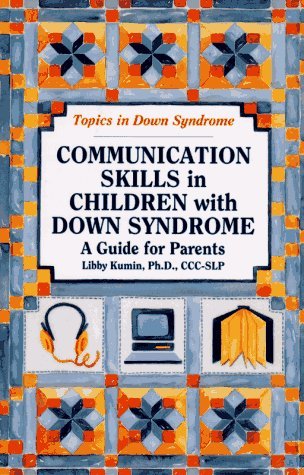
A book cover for By Libby Kumin Communication Skills in Children With Down Syndrome: A Guide for Parents (Topics in Down Syndrome) [Paperback]; Health, Fitness & Dieting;